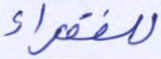
للفقراء